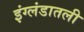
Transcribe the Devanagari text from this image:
इंग्लंडातली